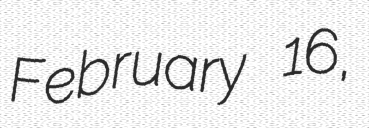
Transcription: February 16,